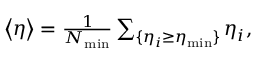
\begin{array} { r } { \left\langle \eta \right\rangle = \frac { 1 } { N _ { \mathrm { m i n } } } \sum _ { \{ \eta _ { i } \geq \eta _ { \mathrm { m i n } } \} } \eta _ { i } , } \end{array}